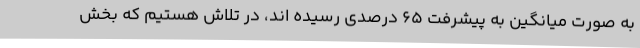
به صورت میانگین به پیشرفت 65 درصدی رسیده اند، در تلاش هستیم که بخش